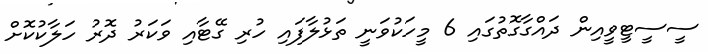
ސީސީޓީވީއިން ދައްގާގޮތުގައި 6 މީހަކުވަނީ ތަޅުލާފައި ހުރި ގޭޓާއި ވަކަރު ދޮރު ހަލާކުކޮށް